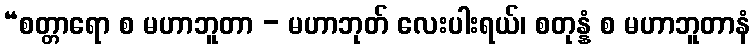
“စတ္တာရော စ မဟာဘူတာ - မဟာဘုတ် လေးပါးရယ်၊ စတုန္နံ စ မဟာဘူတာနံ